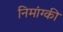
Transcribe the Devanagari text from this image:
निमांग्की